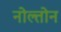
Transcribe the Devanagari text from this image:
नोल्तोन